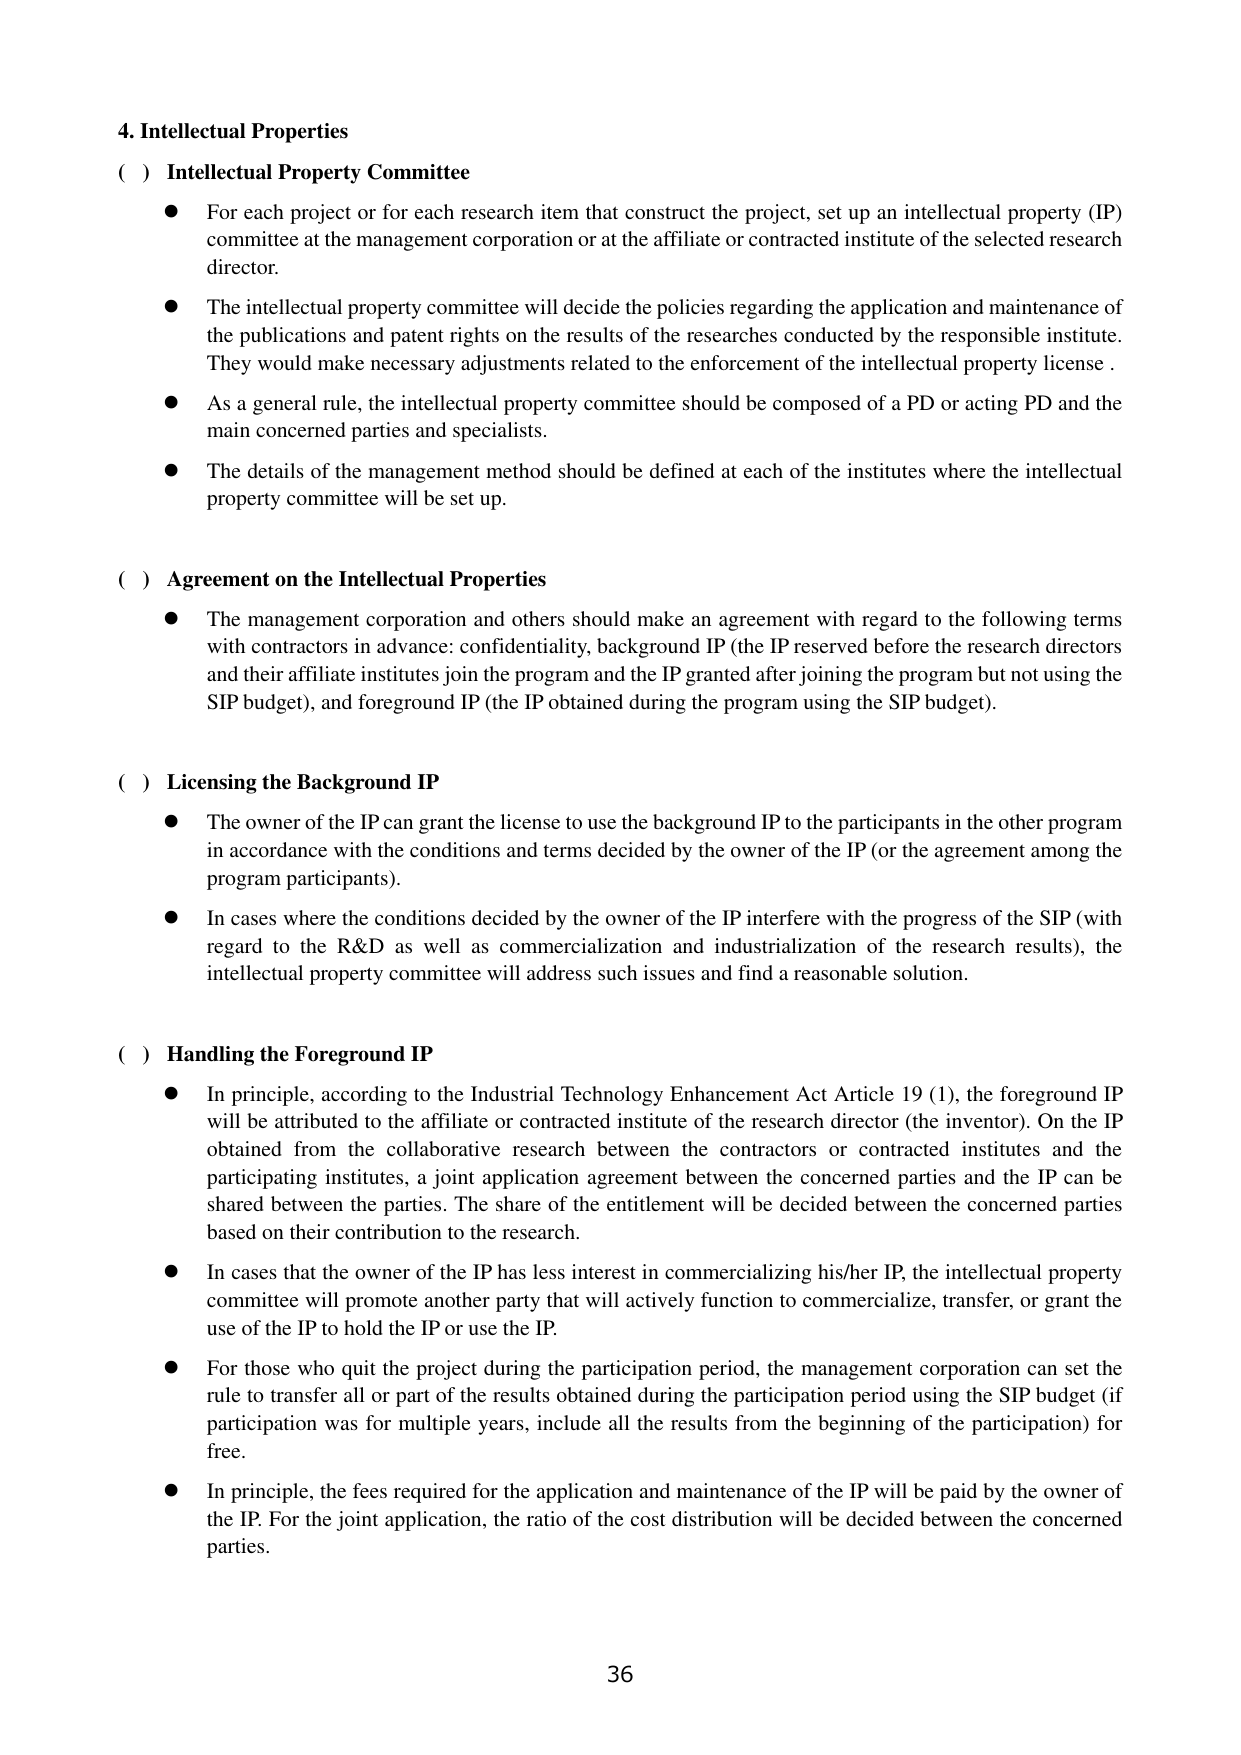
4. Intellectual Properties

( ) Intellectual Property Committee
● For each project or for each research item that construct the project, set up an intellectual property (IP) committee at the management corporation or at the affiliate or contracted institute of the selected research director.
● The intellectual property committee will decide the policies regarding the application and maintenance of the publications and patent rights on the results of the researches conducted by the responsible institute. They would make necessary adjustments related to the enforcement of the intellectual property license.
● As a general rule, the intellectual property committee should be composed of a PD or acting PD and the main concerned parties and specialists.
● The details of the management method should be defined at each of the institutes where the intellectual property committee will be set up.

( ) Agreement on the Intellectual Properties
● The management corporation and others should make an agreement with regard to the following terms with contractors in advance: confidentiality, background IP (the IP reserved before the research directors and their affiliate institutes join the program and the IP granted after joining the program but not using the SIP budget), and foreground IP (the IP obtained during the program using the SIP budget).

( ) Licensing the Background IP
● The owner of the IP can grant the license to use the background IP to the participants in the other program in accordance with the conditions and terms decided by the owner of the IP (or the agreement among the program participants).
● In cases where the conditions decided by the owner of the IP interfere with the progress of the SIP (with regard to the R&D as well as commercialization and industrialization of the research results), the intellectual property committee will address such issues and find a reasonable solution.

( ) Handling the Foreground IP
● In principle, according to the Industrial Technology Enhancement Act Article 19 (1), the foreground IP will be attributed to the affiliate or contracted institute of the research director (the inventor). On the IP obtained from the collaborative research between the contractors or contracted institutes and the participating institutes, a joint application agreement between the concerned parties and the IP can be shared between the parties. The share of the entitlement will be decided between the concerned parties based on their contribution to the research.
● In cases that the owner of the IP has less interest in commercializing his/her IP, the intellectual property committee will promote another party that will actively function to commercialize, transfer, or grant the use of the IP to hold the IP or use the IP.
● For those who quit the project during the participation period, the management corporation can set the rule to transfer all or part of the results obtained during the participation period using the SIP budget (if participation was for multiple years, include all the results from the beginning of the participation) for free.
● In principle, the fees required for the application and maintenance of the IP will be paid by the owner of the IP. For the joint application, the ratio of the cost distribution will be decided between the concerned parties.

36